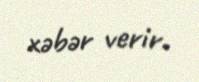
xəbər verir.